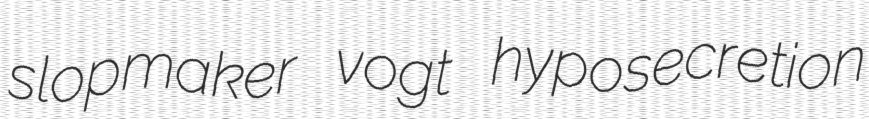
slopmaker vogt hyposecretion